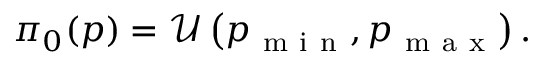
\begin{array} { r } { \pi _ { 0 } ( p ) = \mathcal { U } \left( p _ { \mathrm { ~ m ~ i ~ n ~ } } , p _ { \mathrm { ~ m ~ a ~ x ~ } } \right) . } \end{array}